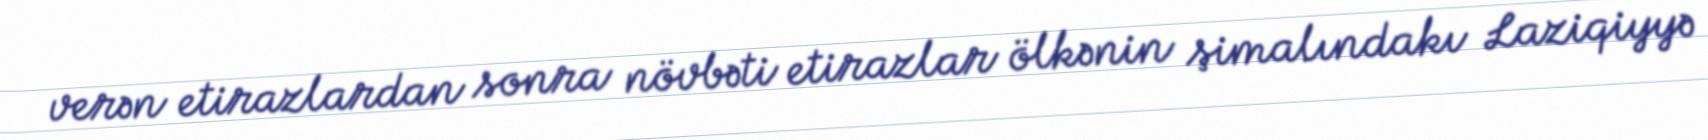
verən etirazlardan sonra növbəti etirazlar ölkənin şimalındakı Laziqiyyə